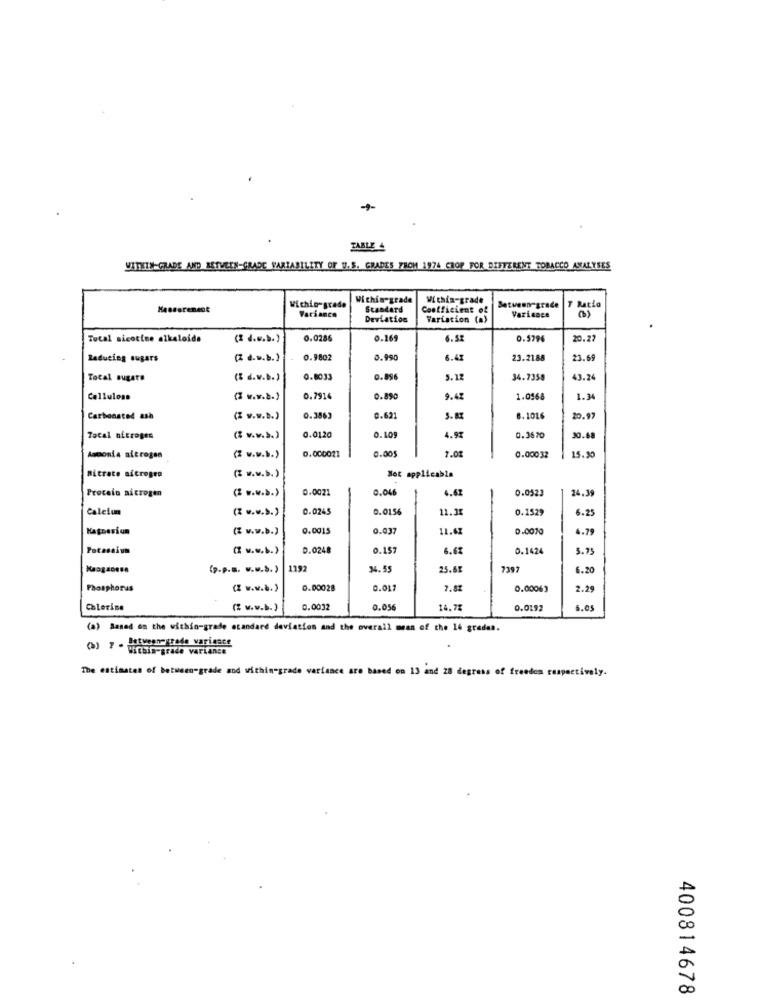
TABLE 4
VITETS GRADE AND BETWEEN-GRADE VARIABILITY OF U.S. GRADES FROM 1974 CROP FOR DIFFERENT TOBACCO ANALYSES
Within-grade
Within-grade
Within-grade
Variance
Standard
Coefficient of
Between-grade
Racio
Deviation
Variation (a)
Variance
Total nicotine alkaloids
0.0286
0.16
6.52
0.5796
0.22
Reducing sugars
(Z d.w.b.)
0.9802
0.990
6.42
23.2188
23.6
Total sugate
( d.v.b.)
0.8033
0.896
5.12
34.7358
3.24
Cellulose
(2 w.w ... )
0.791
0.890
9.45
1.0568
1.34
Carbonated ash
( v ..... )
0.3863
0.621
8.1016
20.97
0.109
Tocal nitrogen
( v.v.b.)
0.0120
4.97
0.3670
30.68
0.000021
0.005
1.01
Asconia nitrogen
( v ..... )
0.00032
15.30
Not applicable
Bitrate nitrogen
Procelo aicrogen
(Z ...... )
0.0021
0.046
4.62
0.0523
-
24.39
Calcium
(Z ...... )
0.0245
0.0156
11.35
0.1529
6.25
Magnesium
( w.w.b.)
0.0015
0.037
11.67
0.0010
4.79
D.0248
0.157
6.63
0.1424
5.75
1192
34.55
25.6
7397
6.20
Phosphorus
(Z w.w ... )
0.00028
0.017
0.00063
2.29
Chlorine
(2 v.v.b.)
0.0032
0.056
14.71
0.0192
6.05
(a) Based on the within-grade standard deviation and the overall mean of the 14 grades.
(3) ? " "italo-grade variance
etweenegrade variance
The estimates of between-grade and within-grade variance are based on 13 and 28 degress of freedom respectively.
400814678